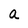
Character: a